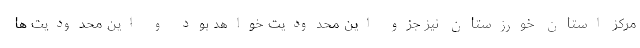
مرکز استان خورزستان نیز جزو این محدودیت خواهد بود و این محدودیت ها